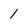
Character: 1